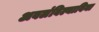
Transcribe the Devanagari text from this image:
अवलंबिल्याविना